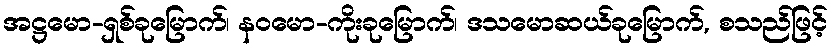
အဋ္ဌမော-ရှစ်ခုမြောက်၊ နဝမော-ကိုးခုမြောက်၊ ဒသမောဆယ်ခုမြောက်, စသည်ဖြင့်